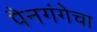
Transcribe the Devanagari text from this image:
पैनगंगेचा